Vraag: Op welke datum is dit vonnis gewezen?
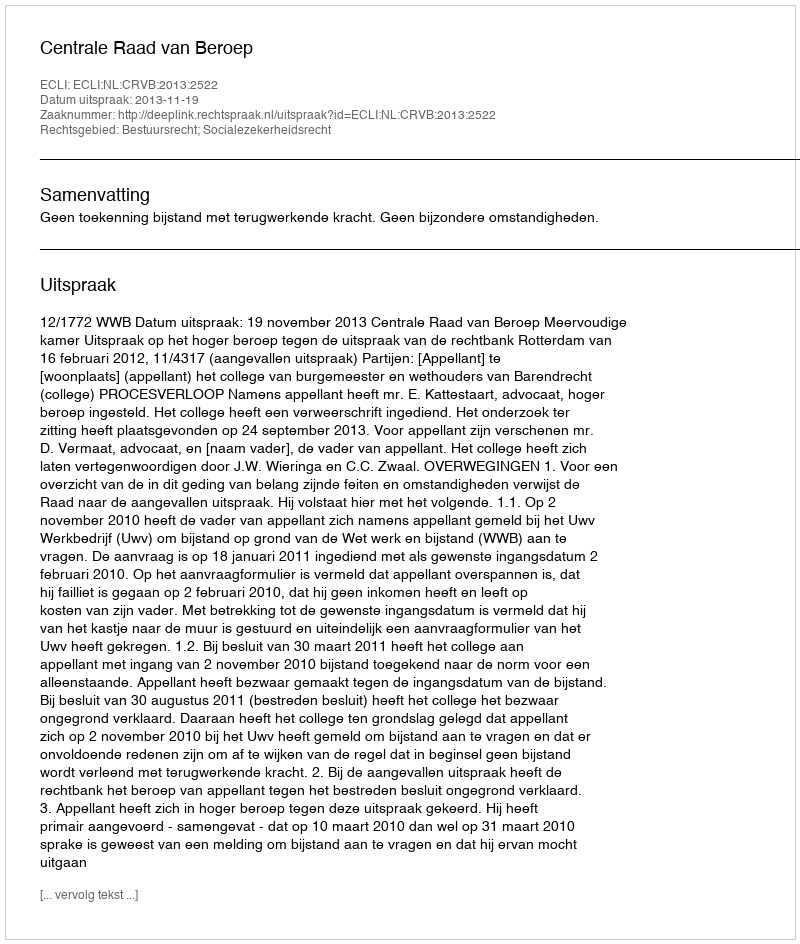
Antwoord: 2013-11-19